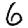
Digit: 6